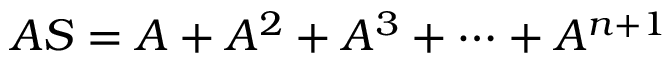
A S = A + A ^ { 2 } + A ^ { 3 } + \cdots + A ^ { n + 1 }